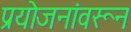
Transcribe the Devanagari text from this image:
प्रयोजनांवरून